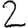
Digit: 2